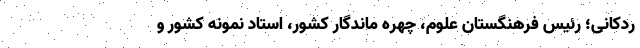
ردکانی؛ رئیس فرهنگستان علوم، چهره ماندگار کشور، استاد نمونه کشور و